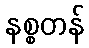
နစ္စတန်